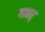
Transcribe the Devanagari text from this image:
गभर्